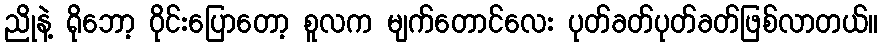
ညိုနဲ့ ရိုဘော့ ဝိုင်းပြောတော့ စူလက မျက်တောင်လေး ပုတ်ခတ်ပုတ်ခတ်ဖြစ်လာတယ်။